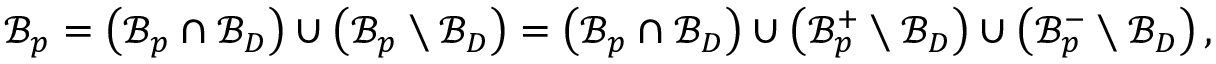
\begin{array} { r } { \mathcal { B } _ { p } = \left( \mathcal { B } _ { p } \cap \mathcal { B } _ { D } \right) \cup \left( \mathcal { B } _ { p } \setminus \mathcal { B } _ { D } \right) = \left( \mathcal { B } _ { p } \cap \mathcal { B } _ { D } \right) \cup \left( \mathcal { B } _ { p } ^ { + } \setminus \mathcal { B } _ { D } \right) \cup \left( \mathcal { B } _ { p } ^ { - } \setminus \mathcal { B } _ { D } \right) , } \end{array}